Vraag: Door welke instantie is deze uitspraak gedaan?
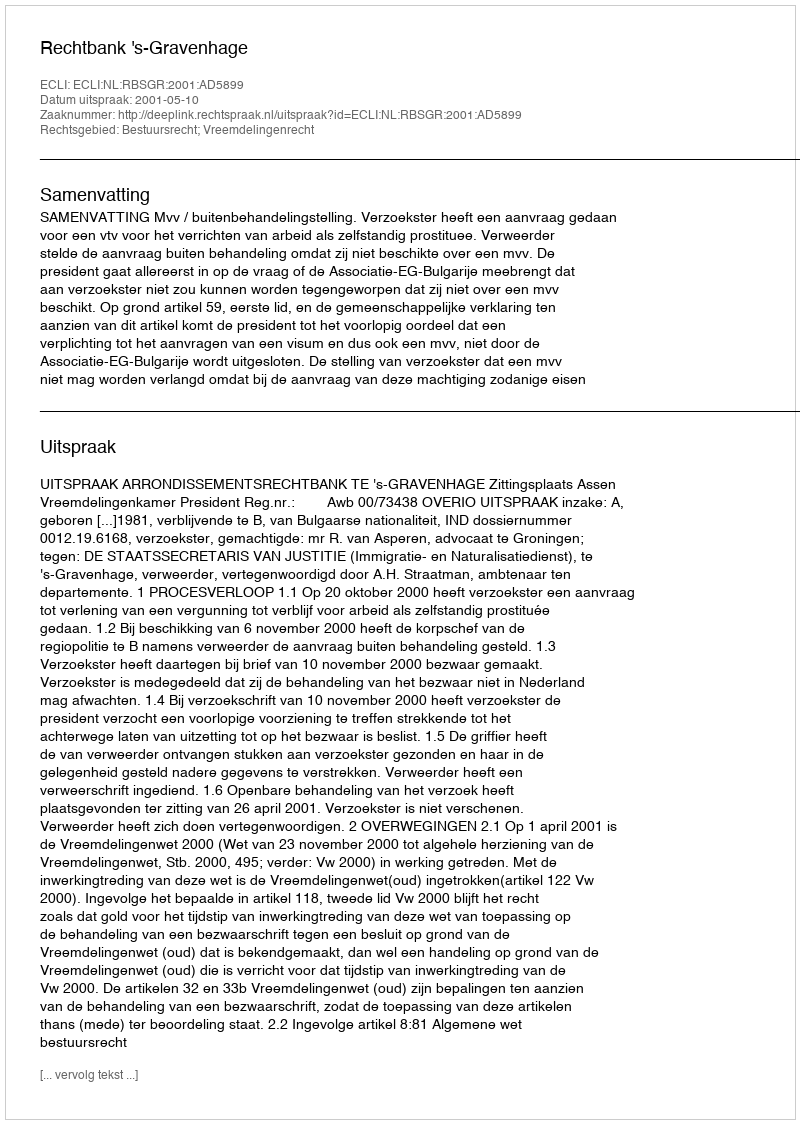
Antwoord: Rechtbank 's-Gravenhage